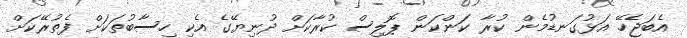
އެބަޖެހޭ އަޅުގަނޑުމެން ކުރާ ކަންކަން ޕޮލިސް ކުރާކަށް ދުނިޔޭގެ އެކި ހިސާބުތަކަށް ފެތުރޭކަށް